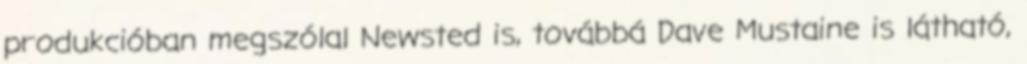
produkcióban megszólal Newsted is, továbbá Dave Mustaine is látható,